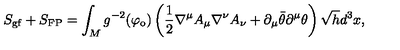
S _ { \mathrm { g f } } + S _ { \mathrm { F P } } = \int _ { M } g ^ { - 2 } ( \varphi _ { \mathrm { o } } ) \left( \frac { 1 } { 2 } \nabla ^ { \mu } A _ { \mu } \nabla ^ { \nu } A _ { \nu } + \partial _ { \mu } \bar { \theta } \partial ^ { \mu } \theta \right) \sqrt { h } d ^ { 3 } x ,